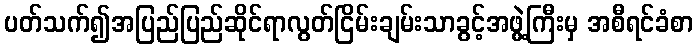
ပတ်သက်၍အပြည်ပြည်ဆိုင်ရာလွတ်ငြိမ်းချမ်းသာခွင့်အဖွဲ့ကြီးမှ အစီရင်ခံစာ